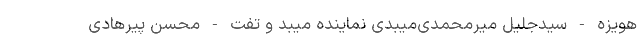
هویزه - سیدجلیل میرمحمدی‌میبدی نماینده میبد و تفت - محسن پیرهادی